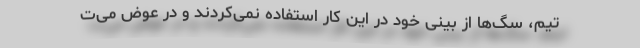
تیم، سگ‌ها از بینی خود در این کار استفاده نمی‌کردند و در عوض می‌ت